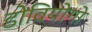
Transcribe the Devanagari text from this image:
डोवियोगो